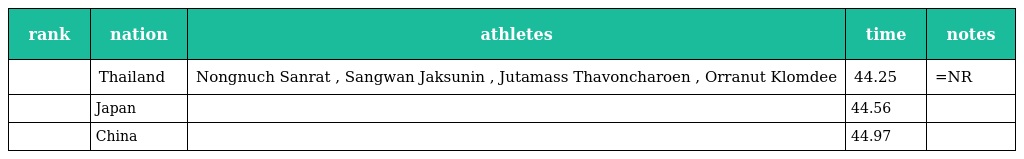
| rank | nation | athletes | time | notes |
 | --- | --- | --- | --- | --- |
 |  | Thailand | Nongnuch Sanrat , Sangwan Jaksunin , Jutamass Thavoncharoen , Orranut Klomdee | 44.25 | =NR |
 |  | Japan |  | 44.56 |  |
 |  | China |  | 44.97 |  |